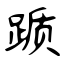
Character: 踬